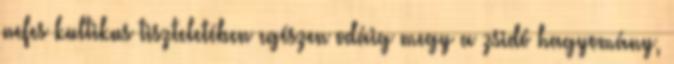
nefes kultikus tiszteletében egészen odáig megy a zsidó hagyomány,